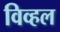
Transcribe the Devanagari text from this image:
विव्हल